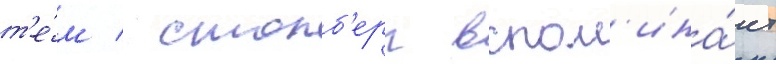
т'е́м / столб'ерг вспом'ина́ет